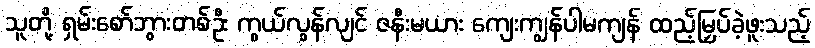
သူတို့ ရှမ်းစော်ဘွားတစ်ဦး ကွယ်လွန်လျင် ဇနီးမယား ကျေးကျွန်ပါမကျန် ထည့်မြှပ်ခဲ့ဖူးသည့်